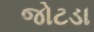
જોટડા